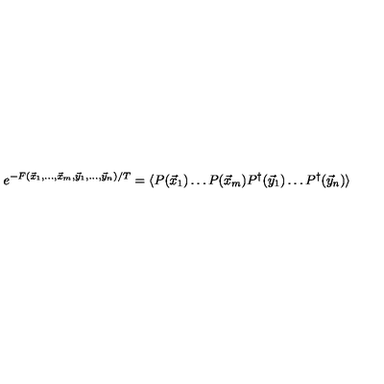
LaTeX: e ^ { - F ( \vec { x } _ { 1 } , \ldots , \vec { x } _ { m } , \vec { y } _ { 1 } , \ldots , \vec { y } _ { n } ) / T } = \langle P ( \vec { x } _ { 1 } ) \ldots P ( \vec { x } _ { m } ) P ^ { \dagger } ( \vec { y } _ { 1 } ) \ldots P ^ { \dagger } ( \vec { y } _ { n } ) \rangle